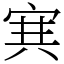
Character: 𡨄